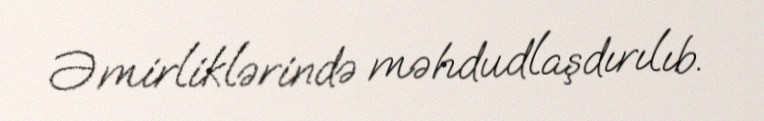
Əmirliklərində məhdudlaşdırılıb.